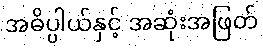
အဓိပ္ပါယ်နှင့် အဆုံးအဖြတ်